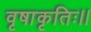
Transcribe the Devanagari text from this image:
वृषाकृतिः।।